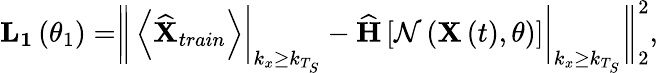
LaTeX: \begin{array}{r}{\mathbf{L_{1}}\left(\theta_{1}\right)=\biggr\| \left<\widehat{\mathbf{X}}_{train}\right>\biggr\rvert_{k_{x}\geq k_{T_{S}}}-\widehat{\mathbf{H}}\left[\mathcal{N}\left(\mathbf{X}\left(t\right),\theta\right)\right]\bigg\rvert_{k_{x}\geq k_{T_{S}}}\biggr\| _{2}^{2},}\end{array}